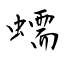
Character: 蠕